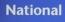
national